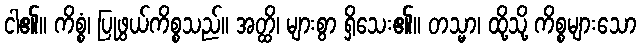
ငါ၏။ ကိစ္စံ၊ ပြုဖွယ်ကိစ္စသည်။ အတ္ထိ၊ များစွာ ရှိသေး၏။ တသ္မာ၊ ထို့သို့ ကိစ္စများသော